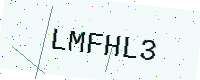
Text: LMFHL3